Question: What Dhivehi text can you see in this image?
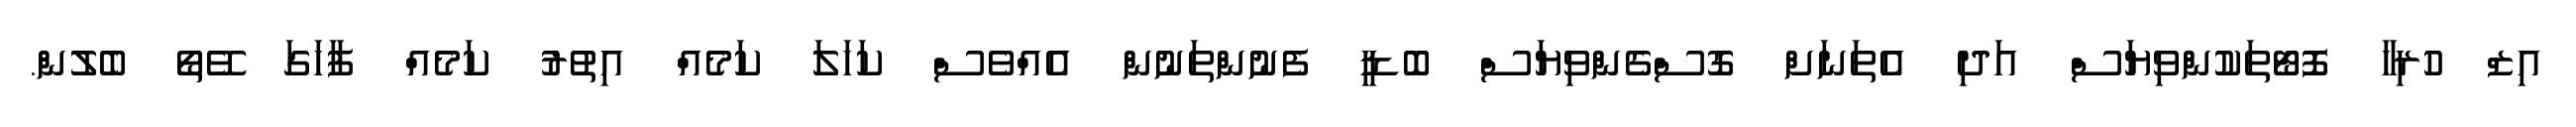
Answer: އިޒް ހުރިހާ ފޮޓޯތަކުންވިޔަސް އަދި އެތަނަށް ގޮސްގެންވިޔަސް ބޮޑީ ފެނުންތަނުން އެއްވެސް ކަހަލަ ކަމެއް އިތުރު ކަމެއް ފާހަގަ ވޭތޯ ބެލުން.